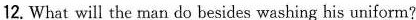
12. What will the man do besides washing his uniform?